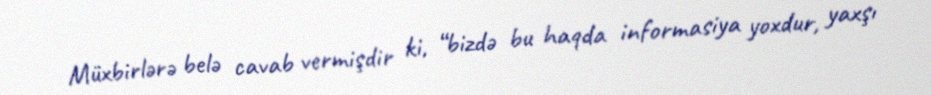
Müxbirlərə belə cavab vermişdir ki, “bizdə bu haqda informasiya yoxdur, yaxşı